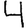
Digit: 4